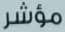
مؤشر